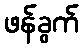
ဖန်ခွက်